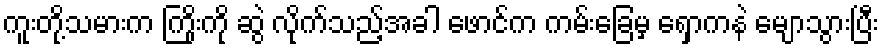
ကူးတို့သမားက ကြိုးကို ဆွဲ လိုက်သည့်အခါ ဖောင်က ကမ်းခြေမှ ရှောကနဲ မျောသွားပြီး